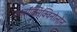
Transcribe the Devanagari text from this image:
कार्बॉक्सिक्विनोलोन